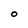
Character: O